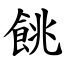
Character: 餆